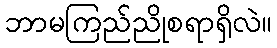
ဘာမကြည်ညိုစရာရှိလဲ။